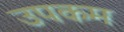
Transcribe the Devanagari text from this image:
उपकम